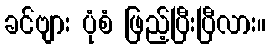
ခင်ဗျား ပုံစံ ဖြည့်ပြီးပြီလား။